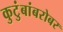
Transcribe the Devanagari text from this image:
कुटुंबांबरोबर